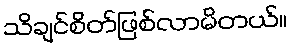
သိချင်စိတ်ဖြစ်လာမိတယ်။